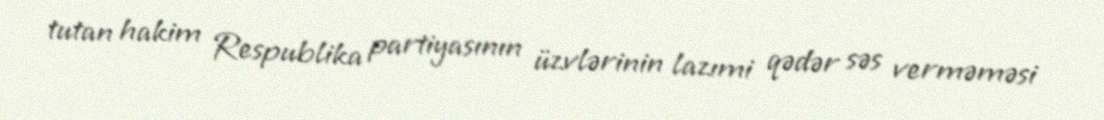
tutan hakim Respublika partiyasının üzvlərinin lazımi qədər səs verməməsi